Code of medical and sanitary regulations for the guidance of medical officers serving in the Madras Presidency - Volume I
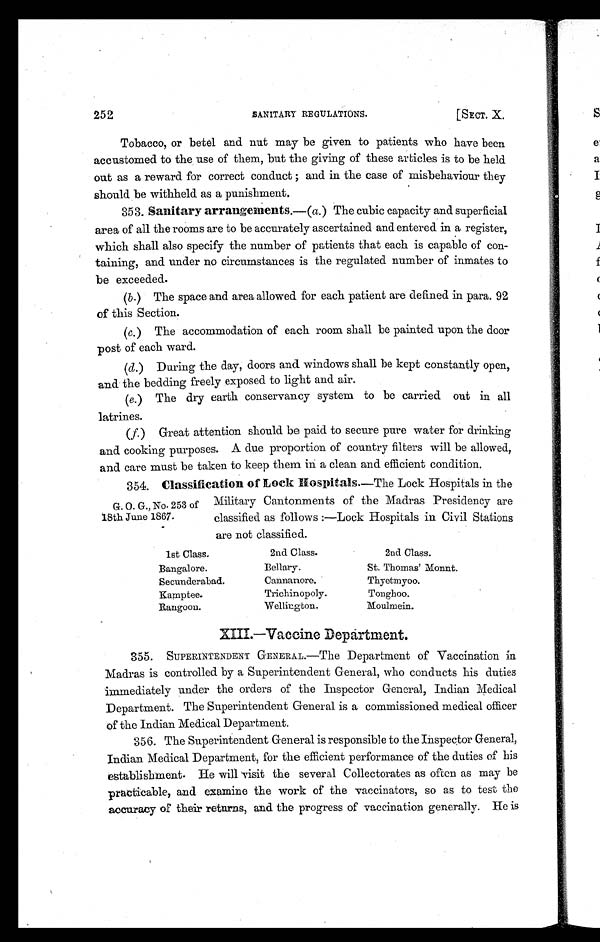
252 SANITARY REGULATIONS. [SECT. X.
Tobacco, or betel and nut may be given to patients who have been
accustomed to the use of them, but the giving of these articles is to be held
out as a reward for correct conduct ; and in the case of misbehaviour they
should be withheld as a punishment.
353. Sanitary arrangements. —(a. ) The cubic capacity and superficial
area of all the rooms are to be accurately ascertained and entered in a register,
which shall also specify the number of patients that each is capable of con-
taining, and under no circumstances is the regulated number of inmates to
be exceeded.
(b. ) The space and area allowed for each patient are defined in para. 92
of this Section.
(c. ) The accommodation of each room shall be painted upon the door
post of each ward.
(d.) During the day, doors and windows shall be kept constantly open,
and the bedding freely exposed to light and air.
(e.) The dry earth conservancy system to be carried out in all
latrines.
(f.) Great attention should be paid to secure pure water for drinking
and cooking purposes. A due proportion of country filters will be allowed,
and care must be taken to keep them in a clean and efficient condition.
354. Classification of Lock Hospitals.— T h e L o c k H o s p i t a l s i n t h e
Military Cantonments of the Madras Presidency are
classified as follows :—Lock Hospitals in Civil Stations
are not classified.
G. O. G., No. 253 of
18th June 1867.
1st Class.
Bangalore.
Secunderabad.
Kamptee.
Rangoon.
2nd Class.
Bellary.
Cannanore.
Trichinopoly.
Wellington.
2nd Class.
St. Thomas' Monnt
.
Thyetmyoo.
Tonghoo.
Moulmein.
XIII—Vaccine Department.
355. SUPERINTENDENT GENERAL.—The Department of Vaccination in
Madras is controlled by a Superintendent General, who conducts his duties
immediately under the orders of the Inspector General, Indian Medical
Department. The Superintendent General is a commissioned medical officer
of the Indian Medical Department.
356. The Superintendent General is responsible to the Inspector General,
Indian Medical Department, for the efficient performance of the duties of his
establishment . He will visit the several Collectorates as often as may be
practicable, and examine the work of the vaccinators, so as to test the
accuracy of their returns, and the progress of vaccination generally. He is